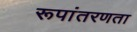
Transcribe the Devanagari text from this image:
रूपांतरणता